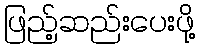
ဖြည့်ဆည်းပေးဖို့